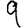
Digit: 9